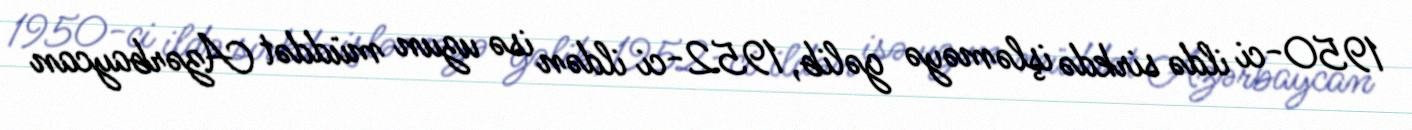
1950-ci ildə sirkdə işləməyə gəlib, 1952-ci ildən isə uzun müddət Azərbaycan